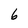
Character: 6